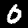
Digit: 0